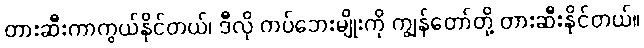
တားဆီးကာကွယ်နိုင်တယ်၊ ဒီလို ကပ်ဘေးမျိုးကို ကျွန်တော်တို့ တားဆီးနိုင်တယ်။